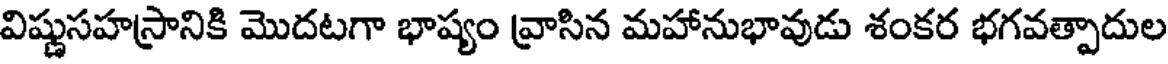
విష్ణుసహస్రానికి మొదటగా భాష్యం వ్రాసిన మహానుభావుడు శంకర భగవత్పాదుల